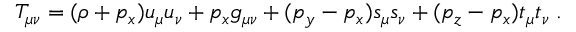
T _ { \mu \nu } = ( \rho + p _ { x } ) u _ { \mu } u _ { \nu } + p _ { x } g _ { \mu \nu } + ( p _ { y } - p _ { x } ) s _ { \mu } s _ { \nu } + ( p _ { z } - p _ { x } ) t _ { \mu } t _ { \nu } \; .